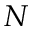
N